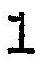
1